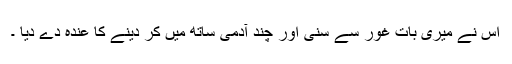
اس نے میری بات غور سے سنی اور چند آدمی ساتھ میں کر دینے کا عندہ دے دیا ۔